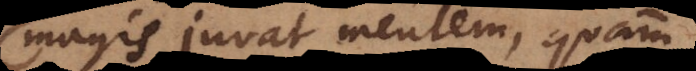
magis juvat mentem, quam